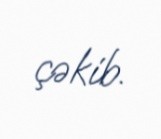
çəkib.